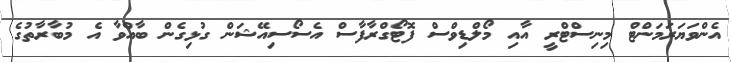
އެންވަޔަރަމަންޓް މިނިސްޓްރީ އާއި މޯލްޑިވްސް ފޮޓޯގްރާފާސް އެސޯސިއޭޝަން ގުޅިގެން ބާއްވާ އެ މުބާރާތުގެ